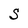
Character: S